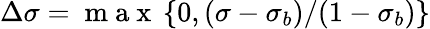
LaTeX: \Delta\sigma=\mathrm{~m~a~x~}\left\{ 0,(\sigma-\sigma_{b})/(1-\sigma_{b})\right\}